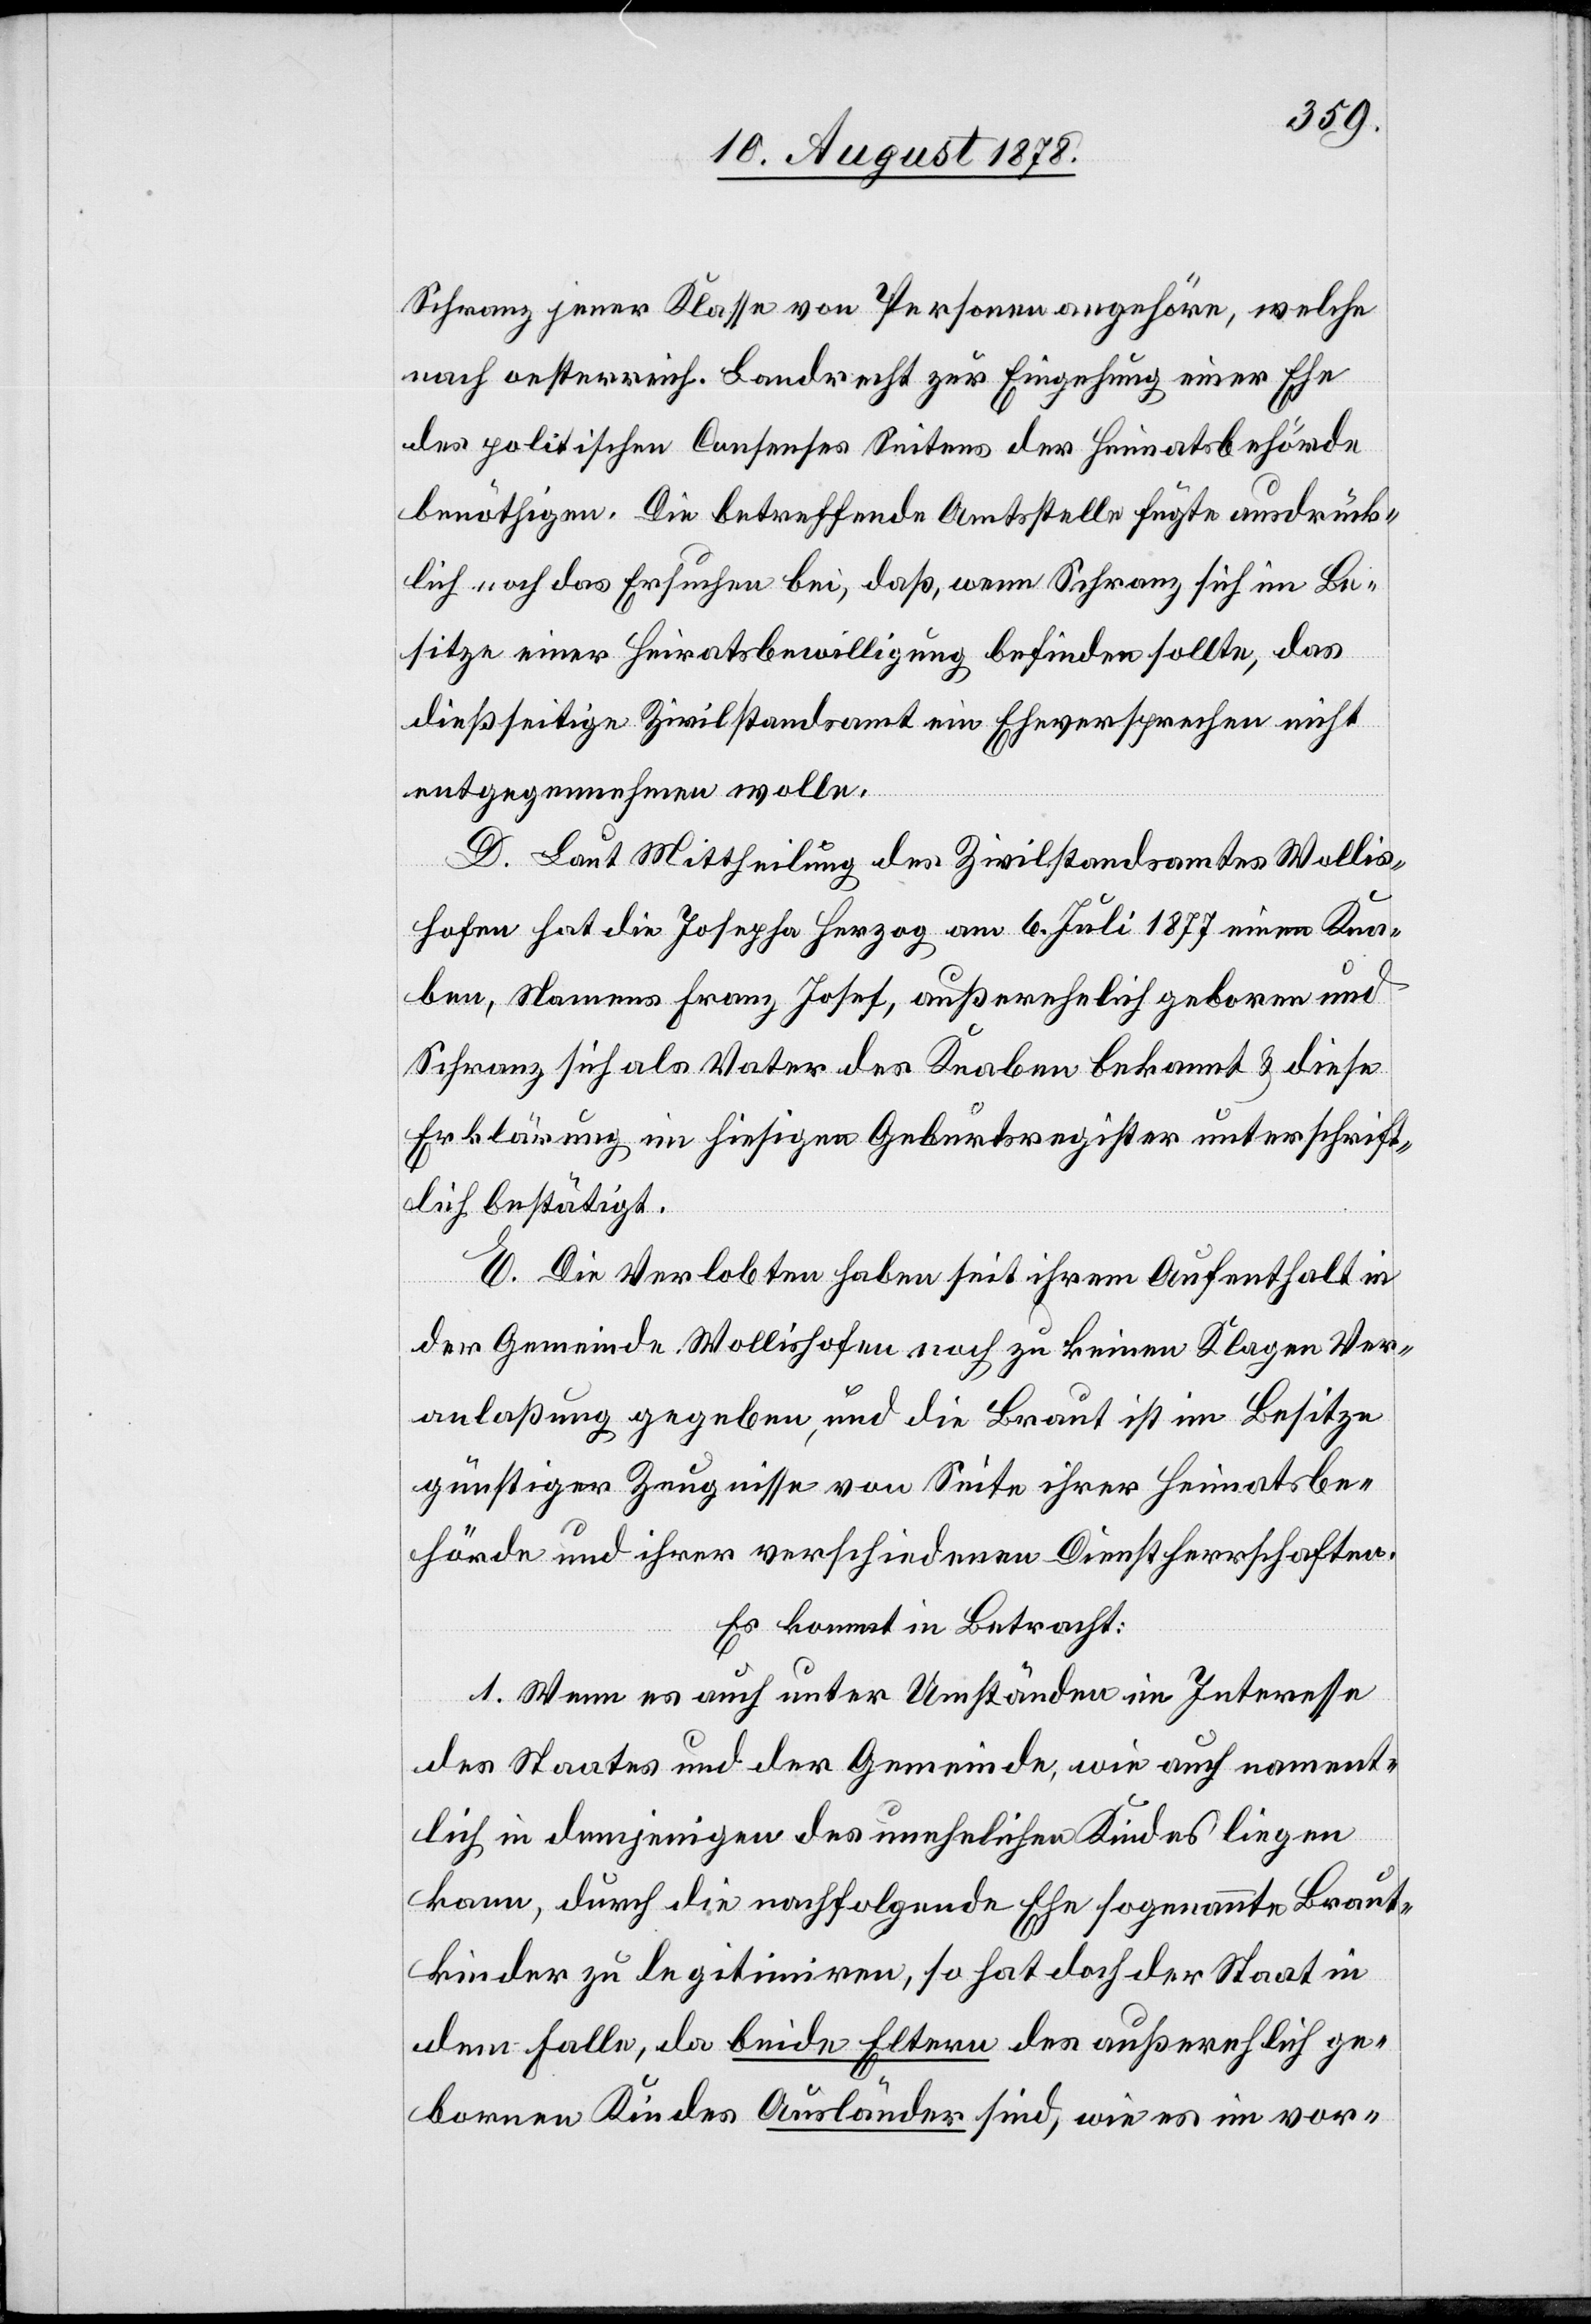
Schranz jener Klasse von Personen angehöre, welche
nach oesterreich. Landrecht zur Eingehung einer Ehe
des politischen Consenses Seitens der Heimatsbehörde
benöthigen. Die betreffende Amtsstelle fügte ausdrück¬
lich noch das Ersuchen bei, daß, wenn Schranz sich im Be¬
sitze einer Heiratsbewilligung befinden sollte, das
dießseitige Zivilstandsamt ein Eheversprechen nicht
entgegennehmen wolle.
D. Laut Mittheilung des Zivilstandsamtes Wollis¬
hofen hat die Josepha Herzog am 6. Juli 1877 einen Kna¬
ben, Namens Franz Josef, außerehelich geboren und
Schranz sich als Vater des Knaben bekannt & diese
Erklärung im hiesigen Geburtsregister unterschrift¬
lich bestätigt.
E. Die Verlobten haben seit ihrem Aufenthalt in
die Gemeinde Wollishofen noch zu keinen Klagen Ver¬
anlaßung gegeben, und die Braut ist im Besitze
günstiger Zeugnisse von Seite ihrer Heimatsbe¬
hörde und ihrer verschiedenen Dienstherrschaften.
Es kommt in Betracht:
1. Wenn es auch unter Umständen im Interesse
des Staates und der Gemeinde, wie auch nament¬
lich in demjenigen des unehelichen Kindes liegen
kann, durch die nachfolgende Ehe sogenannte Braut¬
kinder zu legitimiren, so hat doch der Staat in
dem Falle, da beide Eltern des außerehelich ge¬
bornen Kindes Ausländer sind, wie es im vor-